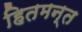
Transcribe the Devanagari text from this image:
हितमन्त